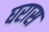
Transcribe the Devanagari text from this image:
घरास